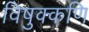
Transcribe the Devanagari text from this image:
विषुक्कणि